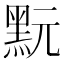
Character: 𪐬